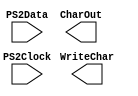
module PS2ASCII(PS2Clock, PS2Data, WriteChar, CharOut);

	input PS2Clock, PS2Data;
	output WriteChar;
	output [7:0] CharOut;
	
	reg IsBreak;
	reg IsExtended;
	
	reg IsCapsLock;
	reg IsLShift, IsRShift;
	reg IsLCtrl, IsRCtrl;
	
	wire IsShifted, IsUpperCase;
	assign IsShifted = IsLShift || IsRShift;
	assign IsUpperCast = IsCapsLock ^ IsShifted;
	
	task DecodeScancode();
		begin
			if (IsBreak) begin // Key release
				if (RxData == 8'h12) IsLShift = 0;
				if (RxData == 8'h59) IsRShift = 0;
				if (RxData == 8'h14) begin
					if (IsExtended) IsRCtrl = 0;
					else IsLCtrl = 0;
				end
			end else begin // Key press
				if (RxData == 8'hF0) IsBreak = 1;
				else if (RxData == 8'hE0) IsExtended = 1;
				else begin
					if (IsExtended) begin
//						if (RxData == 8'h71) 
					end else begin
						if (RxData == 8'h58) IsCapsLock = !IsCapsLock;
					end
				end
			end
		end
	endtask
	
	////////////////////
	// Serial Receive //
	////////////////////
	
	reg IsReceiving, IsDataComplete, IsReceiveComplete;
	reg [2:0] RxBit;
	reg [7:0] RxData;
	
	wire RxDataParity;
	assign RxDataParity = ((^RxData[7:6])^(^RxData[5:4]))^((^RxData[3:2])^(^RxData[1:0]));
	
	initial begin
		IsReceiving <= 0;
	end
	
	always @(posedge PS2Clock) begin
		if (!IsReceiving) begin
			IsReceiving = 1;
		end else if (!IsDataComplete) begin
			RxData[RxBit] = PS2Data;
			RxBit = RxBit + 1;
			if (RxBit == 0) begin
				IsDataComplete = 1;
			end
		end else if (!IsReceiveComplete) begin
			if (RxData == RxDataParity) DecodeScancode();
			IsReceiveComplete = 1;
		end else begin
			IsReceiving <= 0;
			IsDataComplete <= 0;
			IsReceiveComplete <= 0;
			RxBit <= 0;
			RxData <= 0;
		end
	end

endmodule